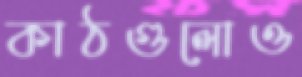
কাঠগুলোও